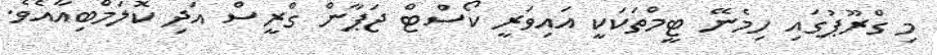
މި ގްރޫޕުގައި ހިމެނޭ ޓީމްތަކަކީ އައިވަރީ ކޯސްޓް ޖަޕާން ގްރީސް އަދި ކޮލަމްބިއާއެވެ.